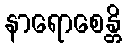
နာရောစေန္တိ